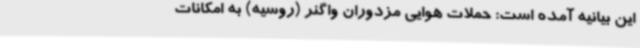
این بیانیه آمده است: حملات هوایی مزدوران واگنر (روسیه) به امکانات